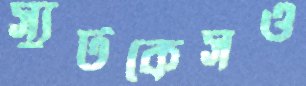
স্যুটকেসও